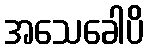
အသေခေါပိ